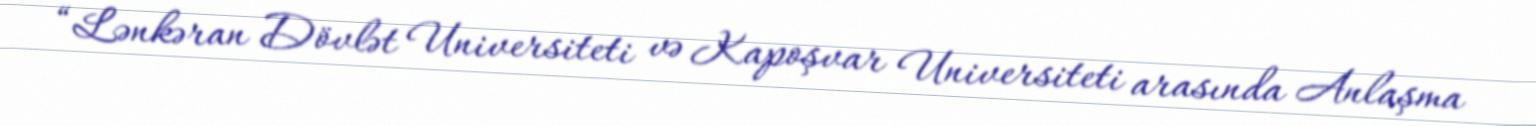
“Lənkəran Dövlət Universiteti və Kapoşvar Universiteti arasında Anlaşma